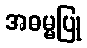
အဓမ္မပြု